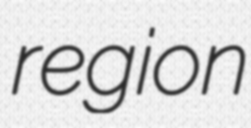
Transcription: region